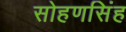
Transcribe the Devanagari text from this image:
सोहणसिंह